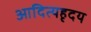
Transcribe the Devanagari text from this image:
आदित्यहृदय